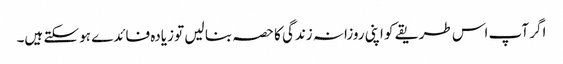
اگر آپ اس طریقے کو اپنی روزانہ زندگی کا حصہ بنا لیں تو زیادہ فائدے ہو سکتے ہیں۔